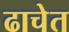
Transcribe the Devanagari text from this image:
ढाचेत